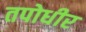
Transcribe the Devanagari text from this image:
तपोधीर